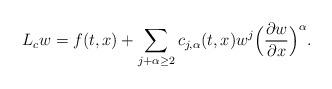
LaTeX: \begin{align*} L_cw = f(t,x)+ \sum_{j+\alpha \geq 2} c_{j,\alpha}(t,x) w^j \Bigl(\frac{\partial w}{\partial x} \Bigr)^{\alpha}.\end{align*}